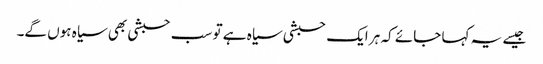
جیسے یہ کہا جائے کہ ہر ایک حبشی سیاہ ہے تو سب حبشی بھی سیاہ ہوں گے۔